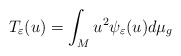
\begin{align*}T_{\varepsilon}(u)=\int_{M}u^{2}\psi_{\varepsilon}(u)d\mu_{g}\end{align*}